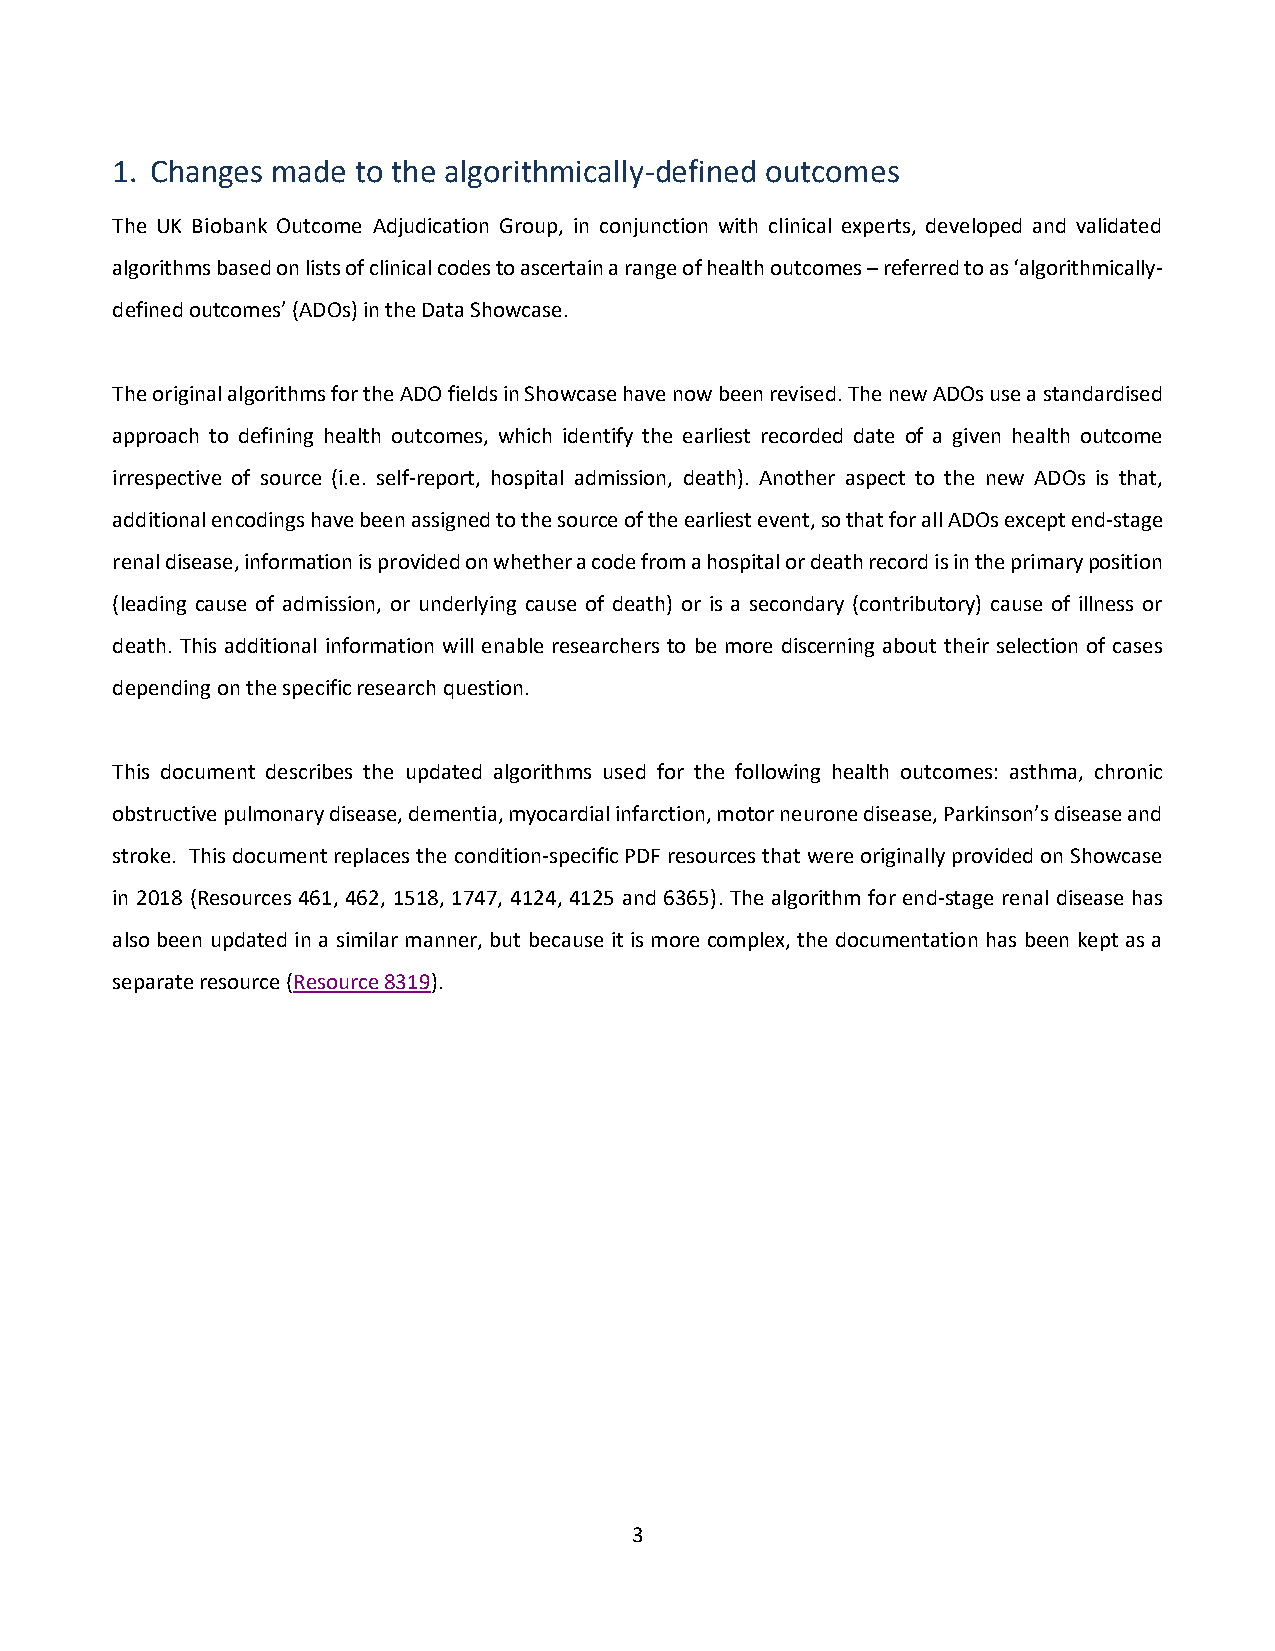
1. Changes made  to the algorithmically-defined outcomes
 The UK Biobank Outcome Adjudication Group, in conjunction with clinical experts, developed and validated
 algorithms based on lists of clinical codes to ascertain a range of health outcomes – referred to as ‘algorithmically-
 defined outcomes’ (ADOs) in the Data Showcase.
 The original algorithms for the ADO fields in Showcase have now been revised. The new ADOs use a standardised
 approach to defining health outcomes, which identify the earliest recorded date of a given health outcome
 irrespective of source (i.e. self-report, hospital admission, death). Another aspect to the new ADOs is that,
 additional encodings have been assigned to the source of the earliest event, so that for all ADOs except end-stage
 renal disease, information is provided on whether a code from a hospital or death record is in the primary position
 (leading cause of admission, or underlying cause of death) or is a secondary (contributory) cause of illness or
 death. This additional information will enable researchers to be more discerning about their selection of cases
 depending on the specific research question.
 This document describes the updated algorithms used for the following health outcomes: asthma, chronic
 obstructive pulmonary disease, dementia, myocardial infarction, motor neurone disease, Parkinson’s disease and
 stroke. This document replaces the condition-specific PDF resources that were originally provided on Showcase
 in 2018 (Resources 461, 462, 1518, 1747, 4124, 4125 and 6365). The algorithm for end-stage renal disease has
 also been updated in a similar manner, but because it is more complex, the documentation has been kept as a
 separate resource (Resource 8319).
 3